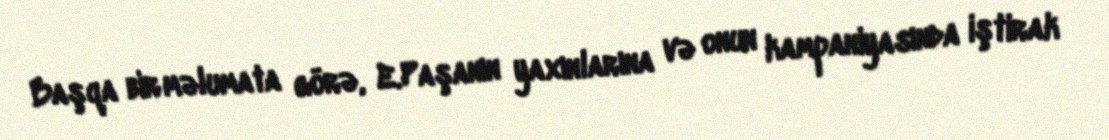
Başqa bir məlumata görə, E.Paşanın yaxınlarına və onun kampaniyasında iştirak